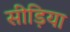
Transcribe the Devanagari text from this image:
सीड़िया